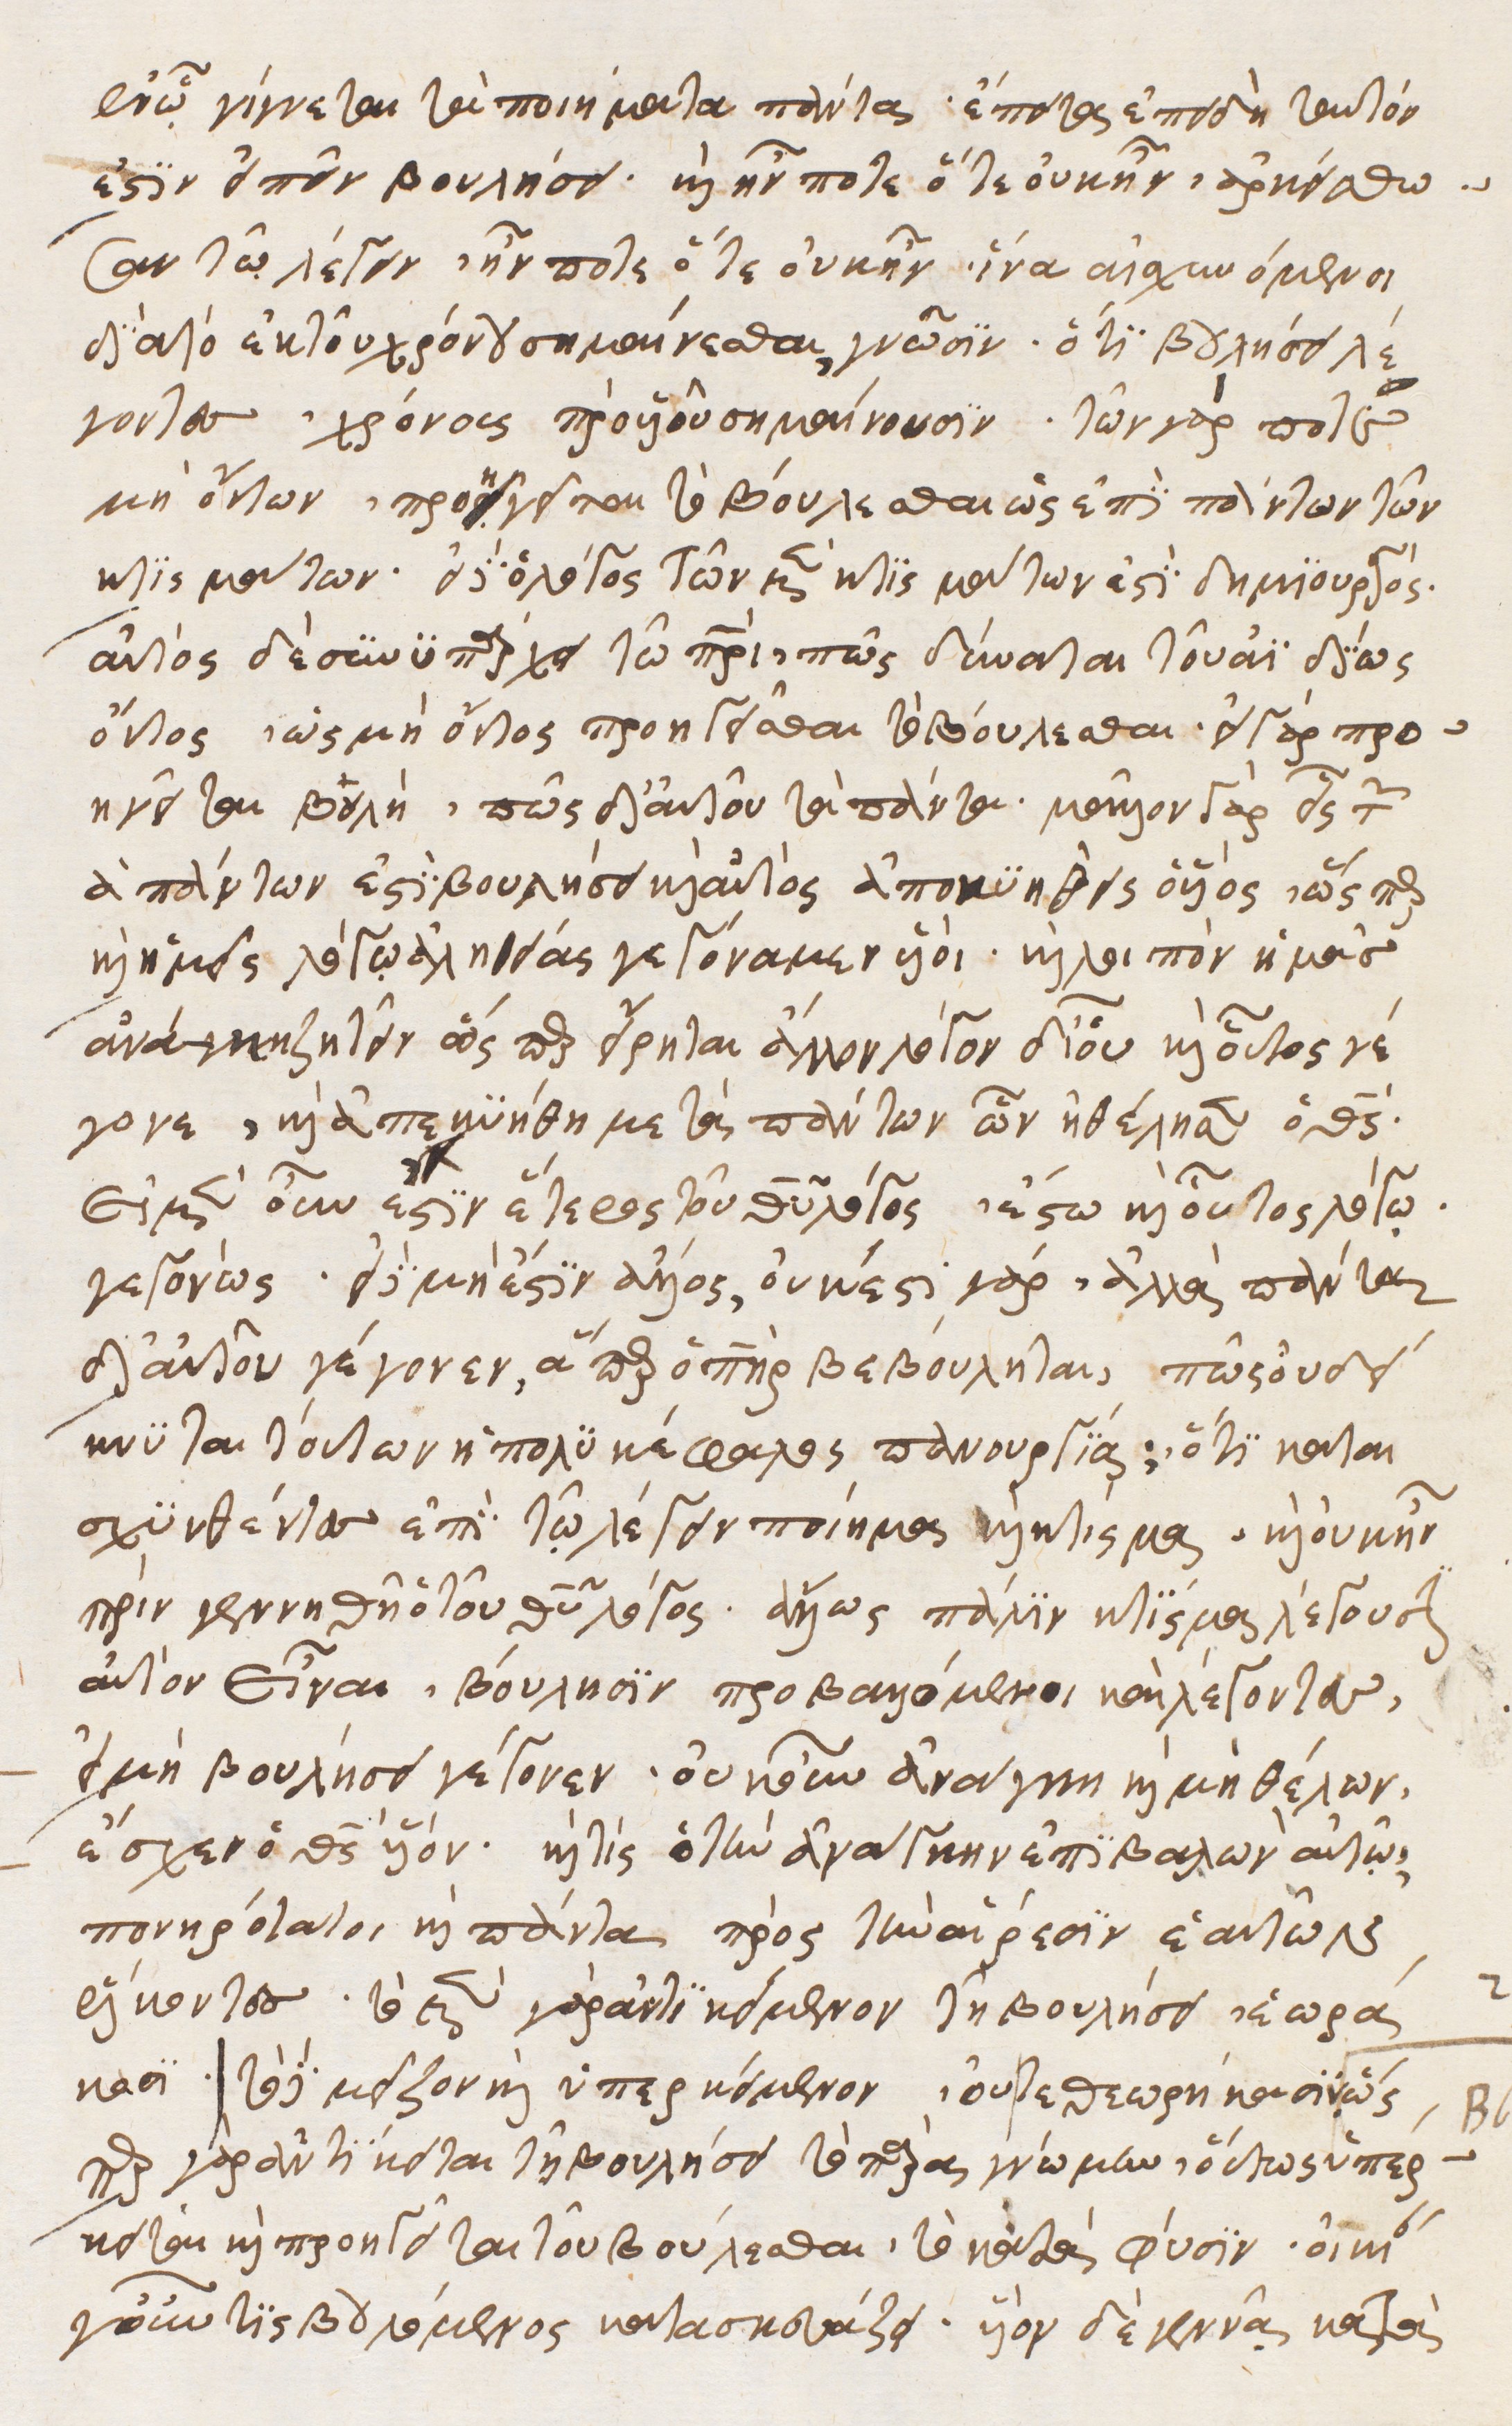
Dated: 1540–1560